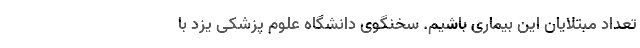
تعداد مبتلایان این بیماری باشیم. سخنگوی دانشگاه علوم پزشکی یزد با